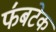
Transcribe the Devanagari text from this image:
फ॔बटेक